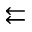
\leftleftarrows